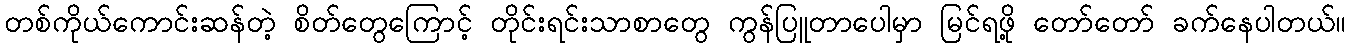
တစ်ကိုယ်ကောင်းဆန်တဲ့ စိတ်တွေကြောင့် တိုင်းရင်းသာစာတွေ ကွန်ပြူတာပေါမှာ မြင်ရဖို့ တော်တော် ခက်နေပါတယ်။